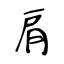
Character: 肩